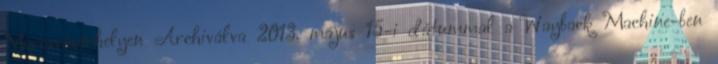
Marosvásárhelyen Archiválva 2013. május 15-i dátummal a Wayback Machine-ben